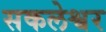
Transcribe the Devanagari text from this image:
सकलेश्वर